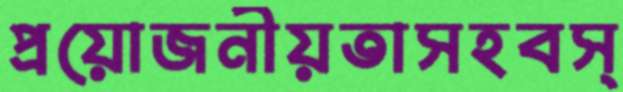
প্রয়োজনীয়তাসহবস্